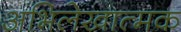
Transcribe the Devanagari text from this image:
अभिलेखात्मक